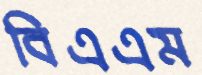
বিএএম